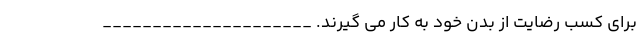
برای کسب رضایت از بدن خود به کار می گیرند. _____________________